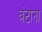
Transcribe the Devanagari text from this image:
बंटाना